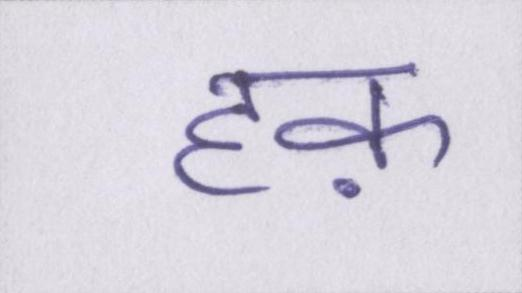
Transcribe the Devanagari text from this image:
हक़